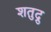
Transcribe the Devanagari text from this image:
शतुद्रु